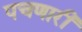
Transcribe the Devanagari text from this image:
पचणारी